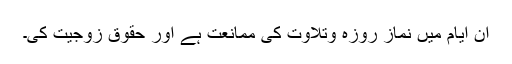
ان ایام میں نماز روزہ وتلاوت کی ممانعت ہے اور حقوق زوجیت کی۔